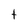
Character: t